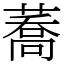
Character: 蕎